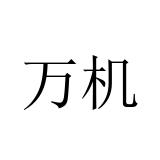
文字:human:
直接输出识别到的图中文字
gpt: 万机